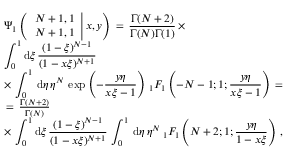
\begin{array} { l } { \displaystyle \Psi _ { 1 } \left( \left. \begin{array} { l } { N + 1 , 1 } \\ { N + 1 , 1 } \end{array} \right| x , y \right) \, = \, \frac { \Gamma ( N + 2 ) } { \Gamma ( N ) \Gamma ( 1 ) } \, \times } \\ { \displaystyle \int _ { 0 } ^ { 1 } \mathrm { d } \xi \, \frac { ( 1 - \xi ) ^ { N - 1 } } { ( 1 - x \xi ) ^ { N + 1 } } \, \, } \\ { \displaystyle \times \, \int _ { 0 } ^ { 1 } \, \mathrm { d } \eta \, \eta ^ { N } \, \exp \left( - \frac { y \eta } { x \xi - 1 } \right) \, _ { 1 } F _ { 1 } \left( - N - 1 ; 1 ; \frac { y \eta } { x \xi - 1 } \right) \, = \, } \\ { \, = \, \frac { \Gamma ( N + 2 ) } { \Gamma ( N ) } \, \, } \\ { \displaystyle \times \, \displaystyle \int _ { 0 } ^ { 1 } \mathrm { d } \xi \, \frac { ( 1 - \xi ) ^ { N - 1 } } { ( 1 - x \xi ) ^ { N + 1 } } \, \int _ { 0 } ^ { 1 } \, \mathrm { d } \eta \, \eta ^ { N } \, _ { 1 } F _ { 1 } \left( N + 2 ; 1 ; \frac { y \eta } { 1 - x \xi } \right) \, , } \end{array}